Vabadussoja_Ajaloo_Komitee, lk 18
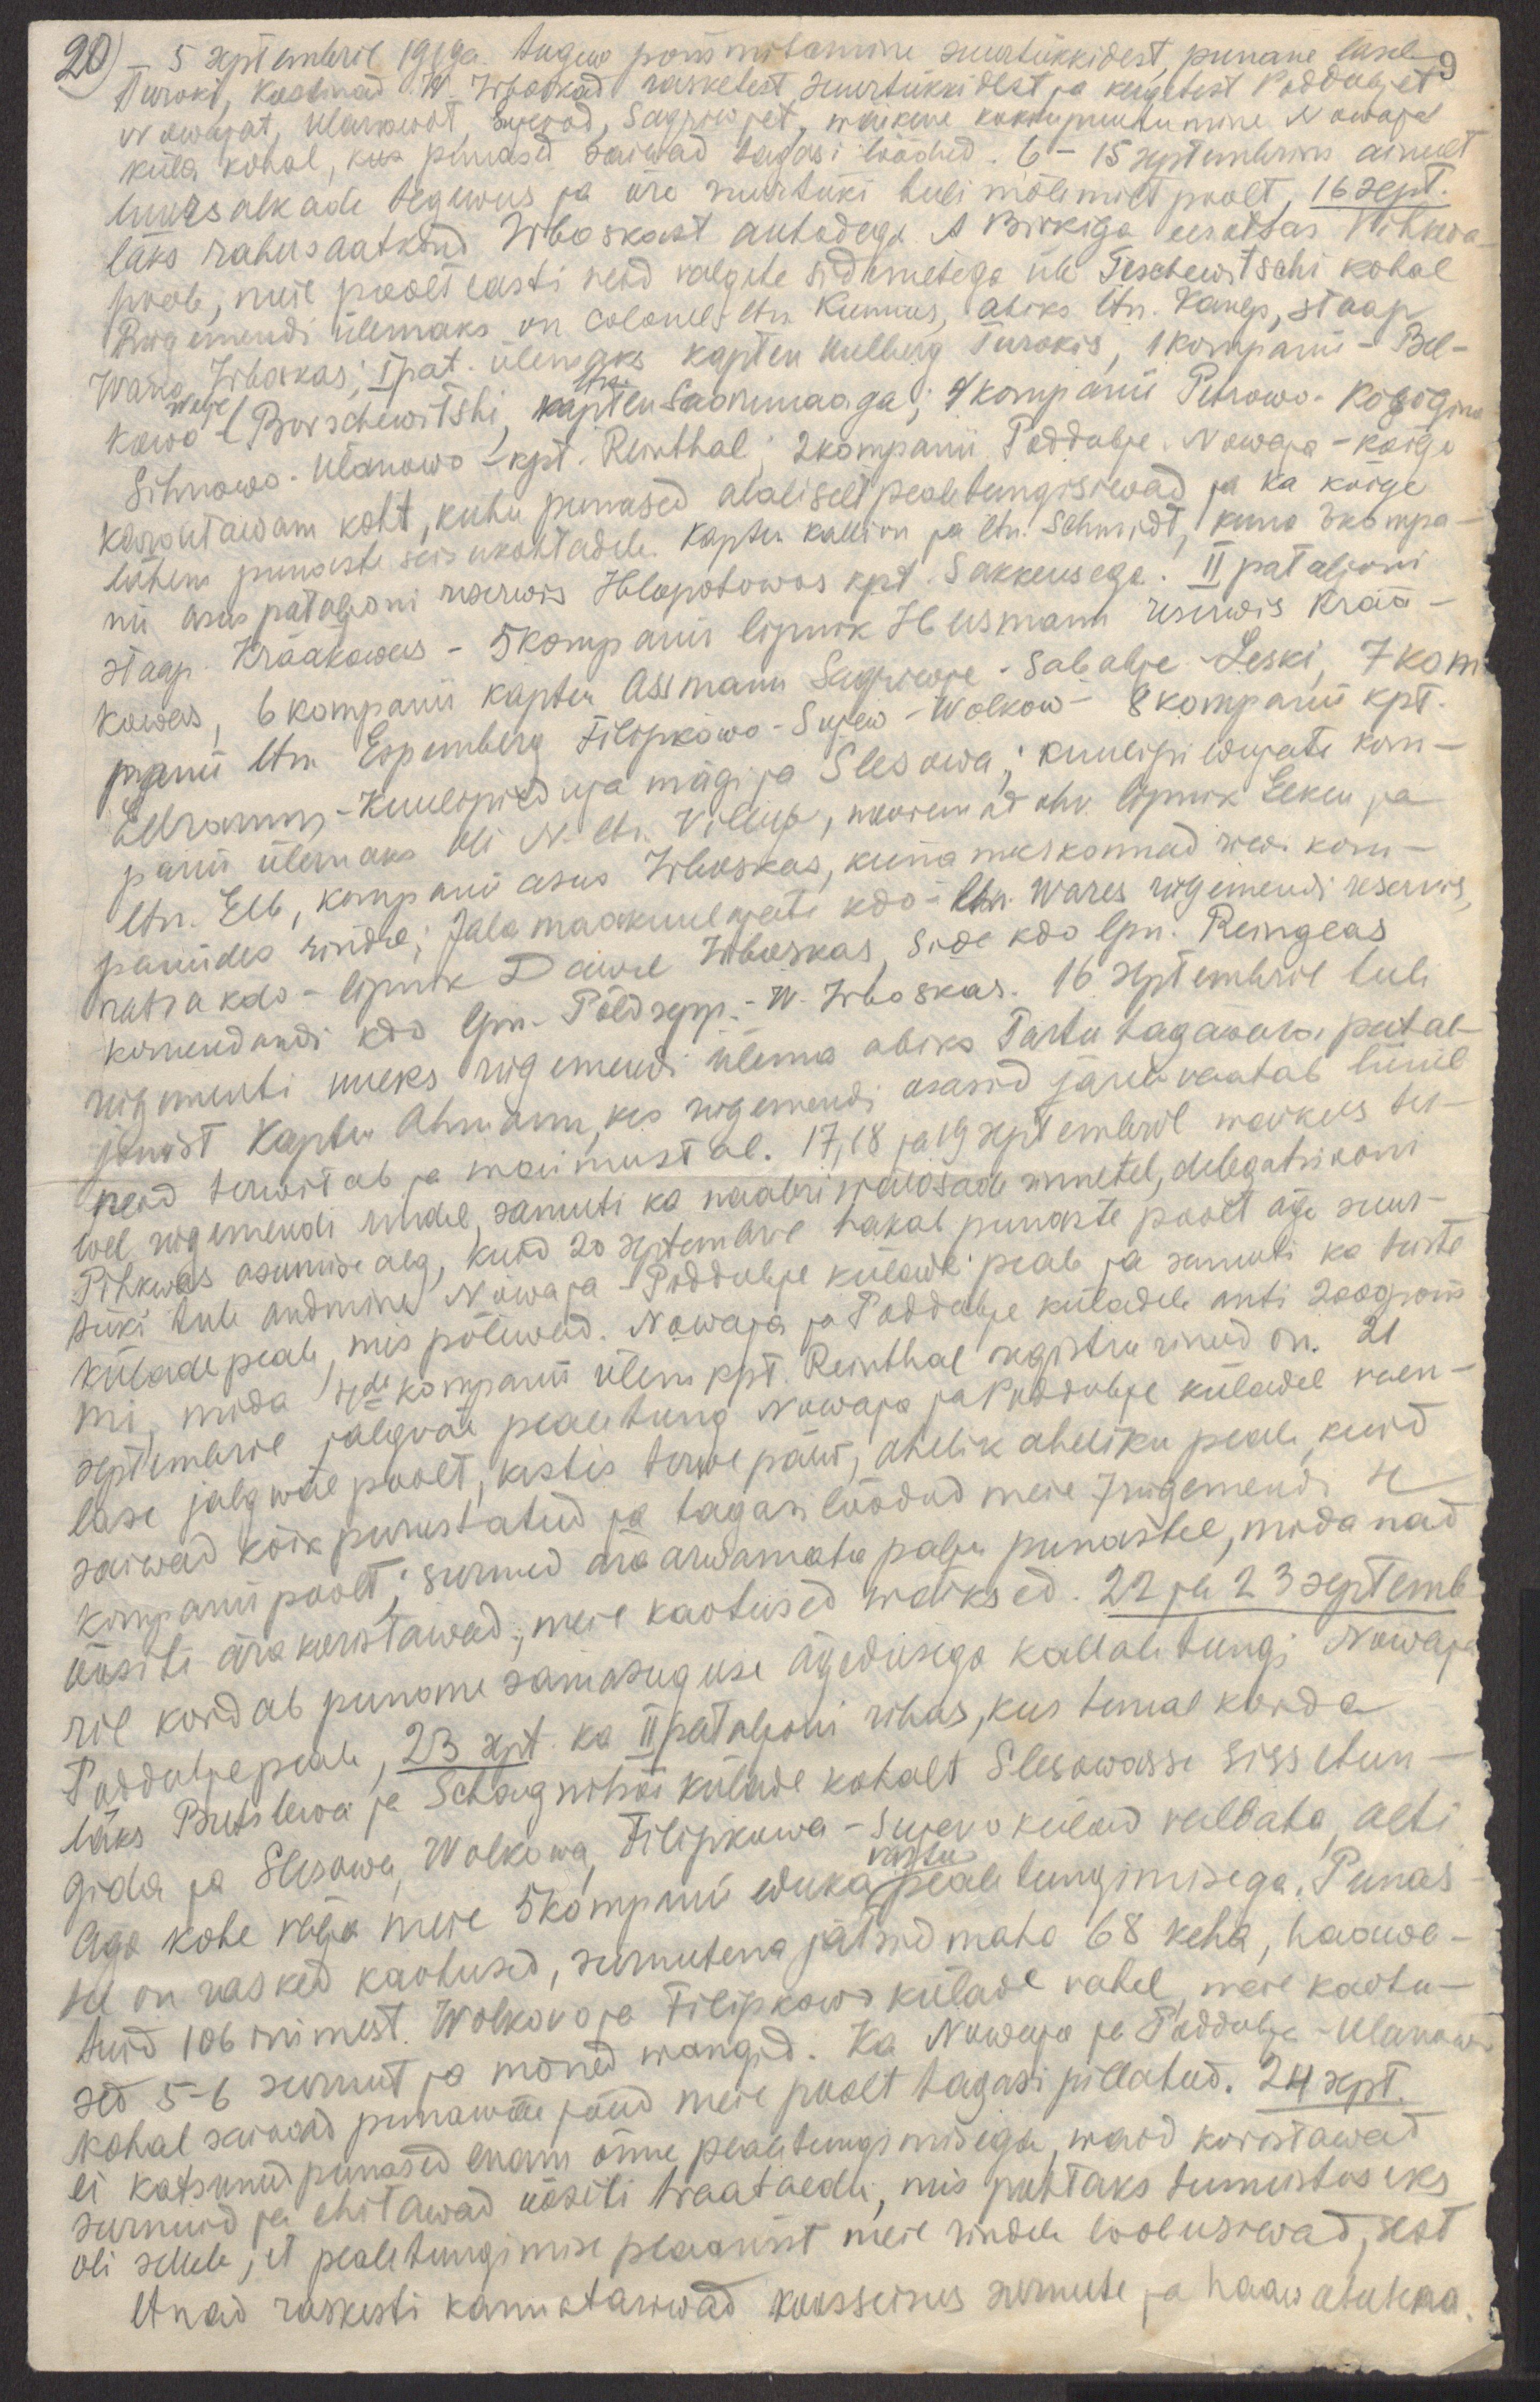
20)
5 septembril 1919a. tugew pommitamine suurtükkidest, punane laseb
Turoki, Kostinad, W. Irboskad rasketest, suurtükkidest ja kergetest Poddubjet
Urowajat, Ulanowat, Sujevod, Sagriwjet, wäikene kokkupuutumine Nowaja
küla kohal, kus punased saiwad tagasi löödud. 6-15 septembrini ainult
luursalkade tegewus ja ühe suurtüki tuli mõlemilt poolt, 16 sept.
läks rahusaatkond Irboskast autodega A Birkiga eesotsas Pihkwa
poole, meie poolt lasti neid valgete sidemetega üle Teschewitschi kohal
Rügemendi ülemaks on colonel ltn. Kunnus, abiks ltn. Kanep, staap
Wana Irboskas; I pat. ülemaks kapten Uulberg Turokis, 1 kompanii - Bel-
kowo - Berschewitshi, kapten Saaremaaga; 4 kompanii Petrowo - Kosõgina
ltn.
Welje
Sihnowo - Ulanowa - kpt. Reinthal; 2 kompanii Poddubje. Nowaja - kõige
kardetawam koht, kuhu punased alaliselt pealetungisiwad ja ka kõige
lähem punaste seisukohtadele. Kapten Kallion ja ltn. Schmidt, kuna 3 kompa-
nii asus pataljoni reserwis Hlopotowas kpt. Sakkeusega. II pataljoni
staap Krääkowas - 5 kompanii asus lipnik Husmann reserwis  Krää-
kowas, 6 kompanii kapten Assmann Sagriwje - Sababje -  Leski, 7 kom-
panii ltn. Espenberg Filipkowo - Sujew - Wolkow - 8 kompanii kpt.
Ellramm - Kuulipilduja mägi ja Slesowa: kuulipildujate kom-
panii ülemaks oli N. ltn. Villup, nooremad ohv. lipnik Elken ja
ltn. Elb, kompanii asus Irboskas, kuna meeskonnad riwi kom-
paniides rindel; Jala maakuulajate kdo - ltn. Wares rügemendi reservis,
ratsa kdo - lipnik Dawel Irboskas, side kdo lpn. Reinglas
komendandi kdo lpn. Põldsepp  - W. Irboskas. 16. septembril tuli
rügementi uueks rügemendi ülema abiks Tartu tagawara patal-
jonist Kapten Ahmann, kes rügemendi osasid järele vaatab liinil
neid terwitab ja waimustab. 17,18 ja 19 septembril waikus ter-
wel rügemendi rindel, samuti ka naabri wäeosade rinnetel, delegatsiooni
Pihkwas asumise aeg, kuid 20 septembril hakab punaste poolt äge suur-
tüki tule andmine Nowaja - Poddubje külade peale ja samuti ka teiste
külade peale, mis põlewad. Nowaja ja Poddubje küladele anti 2000 pom
mi, mida 4da kompanii ülem kpt. Reinthal registreerinud on. 21
septembril jalgväe pealetung Nowaja ja  Poddubje küladel vaen-
lase jalgwäe poolt, kestis terwe päew, ahelik aheliku peale, kuid
saiwad kõik purustatud ja tagasi löödud meie 7 rügemendi 4
kompanii poolt; surnud ära arwamata palju punastel, mida nad
öösiti ära koristawad, meie kaotused wäiksed. 22 ja 23 septemb
ril kordab punane samasuguse ägedusega kallaletungi Nowaja
Poddubje peale, 23 sept. ka II pataljoni ribas, kus temal korda
läks Butslewa ja Schagnitsõi külade kohalt Slesowasse sissetun-
gida ja Slesowa, Wolkowa, Filipikowa - Sujevo külad vallata, aeti
aga kohe välja meie 5 kompanii eduka peale tungimisega. Punas-
vastu
tel on rasked kaotused, surnutena jätsid maha 68 keha, haawa-
tuid 106 inimest. Wolkovo ja Filipkowa külade vahel, meie kaotu-
sed 5-6 surnut ja mõned wangid. Ka Nowaja ja Poddubje - Ulanowa
kohal saiwad punawäe jõud meie poolt tagasi pillatud. 24 sept.
ei katsunud punased enam õnne pealetungimisega, waid koristawad
surnuid ja ehitawad öösiti traataedu, mis puhtaks tunnistuseks
oli sellele, et pealetungimise plaanist meie rindele loobusiwad, sest
et nad raskesti kannatasiwad koosseisus surnute ja haavatutena.